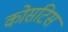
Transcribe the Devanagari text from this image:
कोसटिस